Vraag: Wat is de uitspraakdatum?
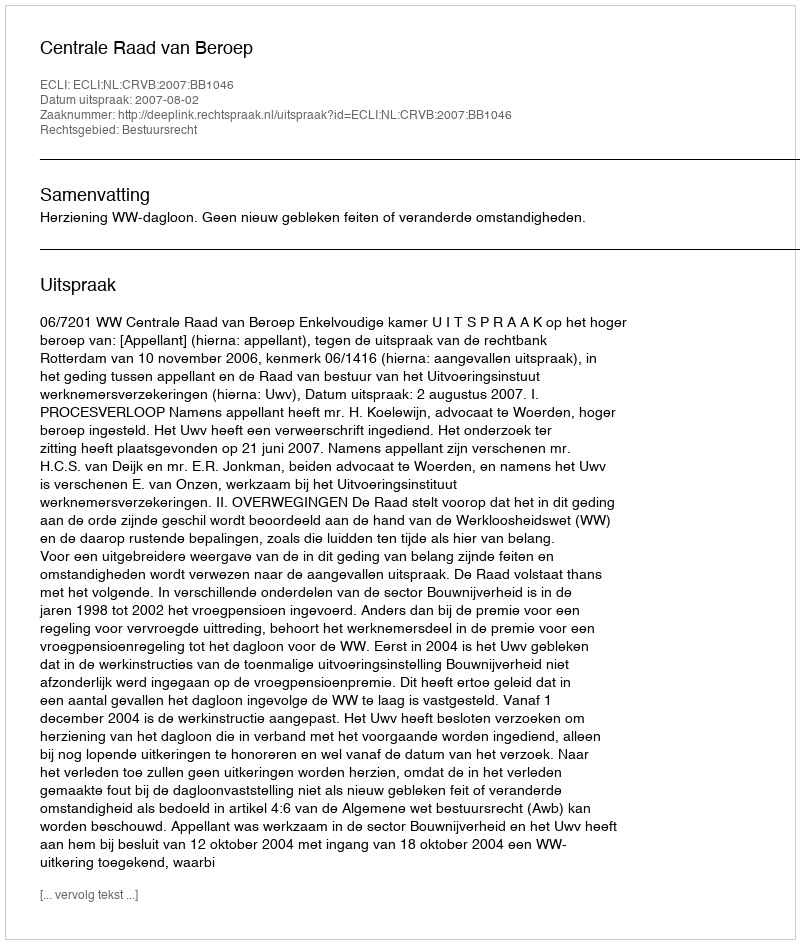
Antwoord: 2007-08-02